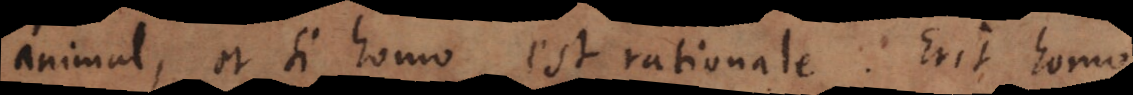
animal, et si homo est rationale. Erit homo